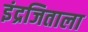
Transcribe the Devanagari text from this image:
इंद्रजिताला